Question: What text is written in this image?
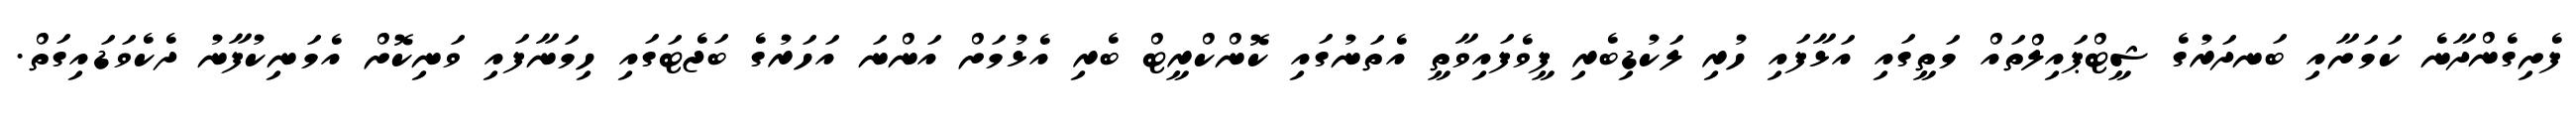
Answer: ފެށިގެންދާނެ ކަމަށާއި ބަނދަރުގެ ޝީޓްޕައިލްތައް މަތީގައި އަޅާފައި ހުރި ލަކުޑިބެރި ފީވެފައިވާތީ އެތަނުގައި ކޮންކްރީޓް ބެރި އެޅުމަށް އަންނަ އަހަރުގެ ބަޖެޓަގައި ހިމަނާފައި ވަނިކޮށް އެމަނިކުފާނު ދެކެވަޑައިގަތް.